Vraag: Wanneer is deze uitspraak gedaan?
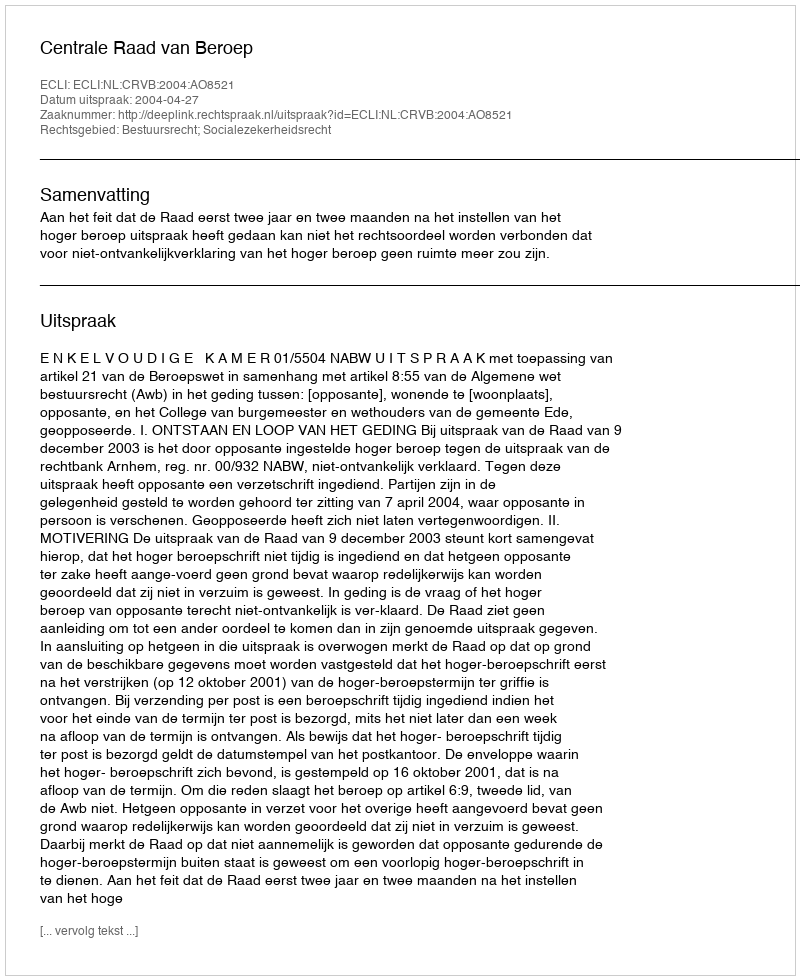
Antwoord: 2004-04-27